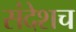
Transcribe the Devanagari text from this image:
संदेशच